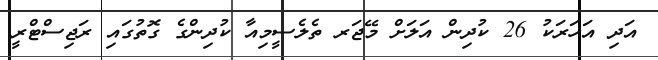
އަދި އަހަރަކު 26 ކުދިން އަލަށް މޭޖަރ ތެލެސީމިއާ ކުދިންގެ ގޮތުގައި ރަޖިސްޓްރީ